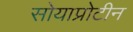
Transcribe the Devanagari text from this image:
सोयाप्रोटीन